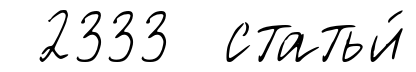
2333 статьи́